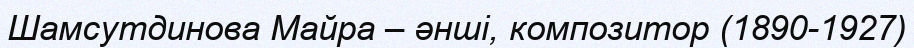
Шамсутдинова Майра – әнші, композитор (1890-1927)